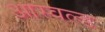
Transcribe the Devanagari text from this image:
आस्वल्ड